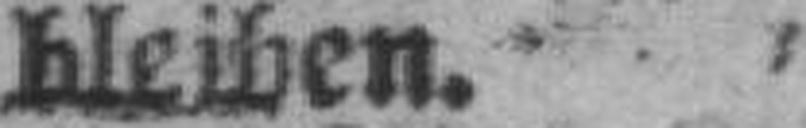
bleiben.